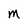
Character: M